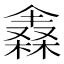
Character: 𣜈